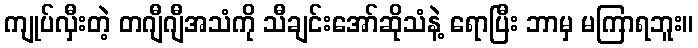
ကျုပ်လှီးတဲ့ တဂျီဂျီအသံကို သီချင်းအော်ဆိုသံနဲ့ ရောပြီး ဘာမှ မကြာရဘူး။